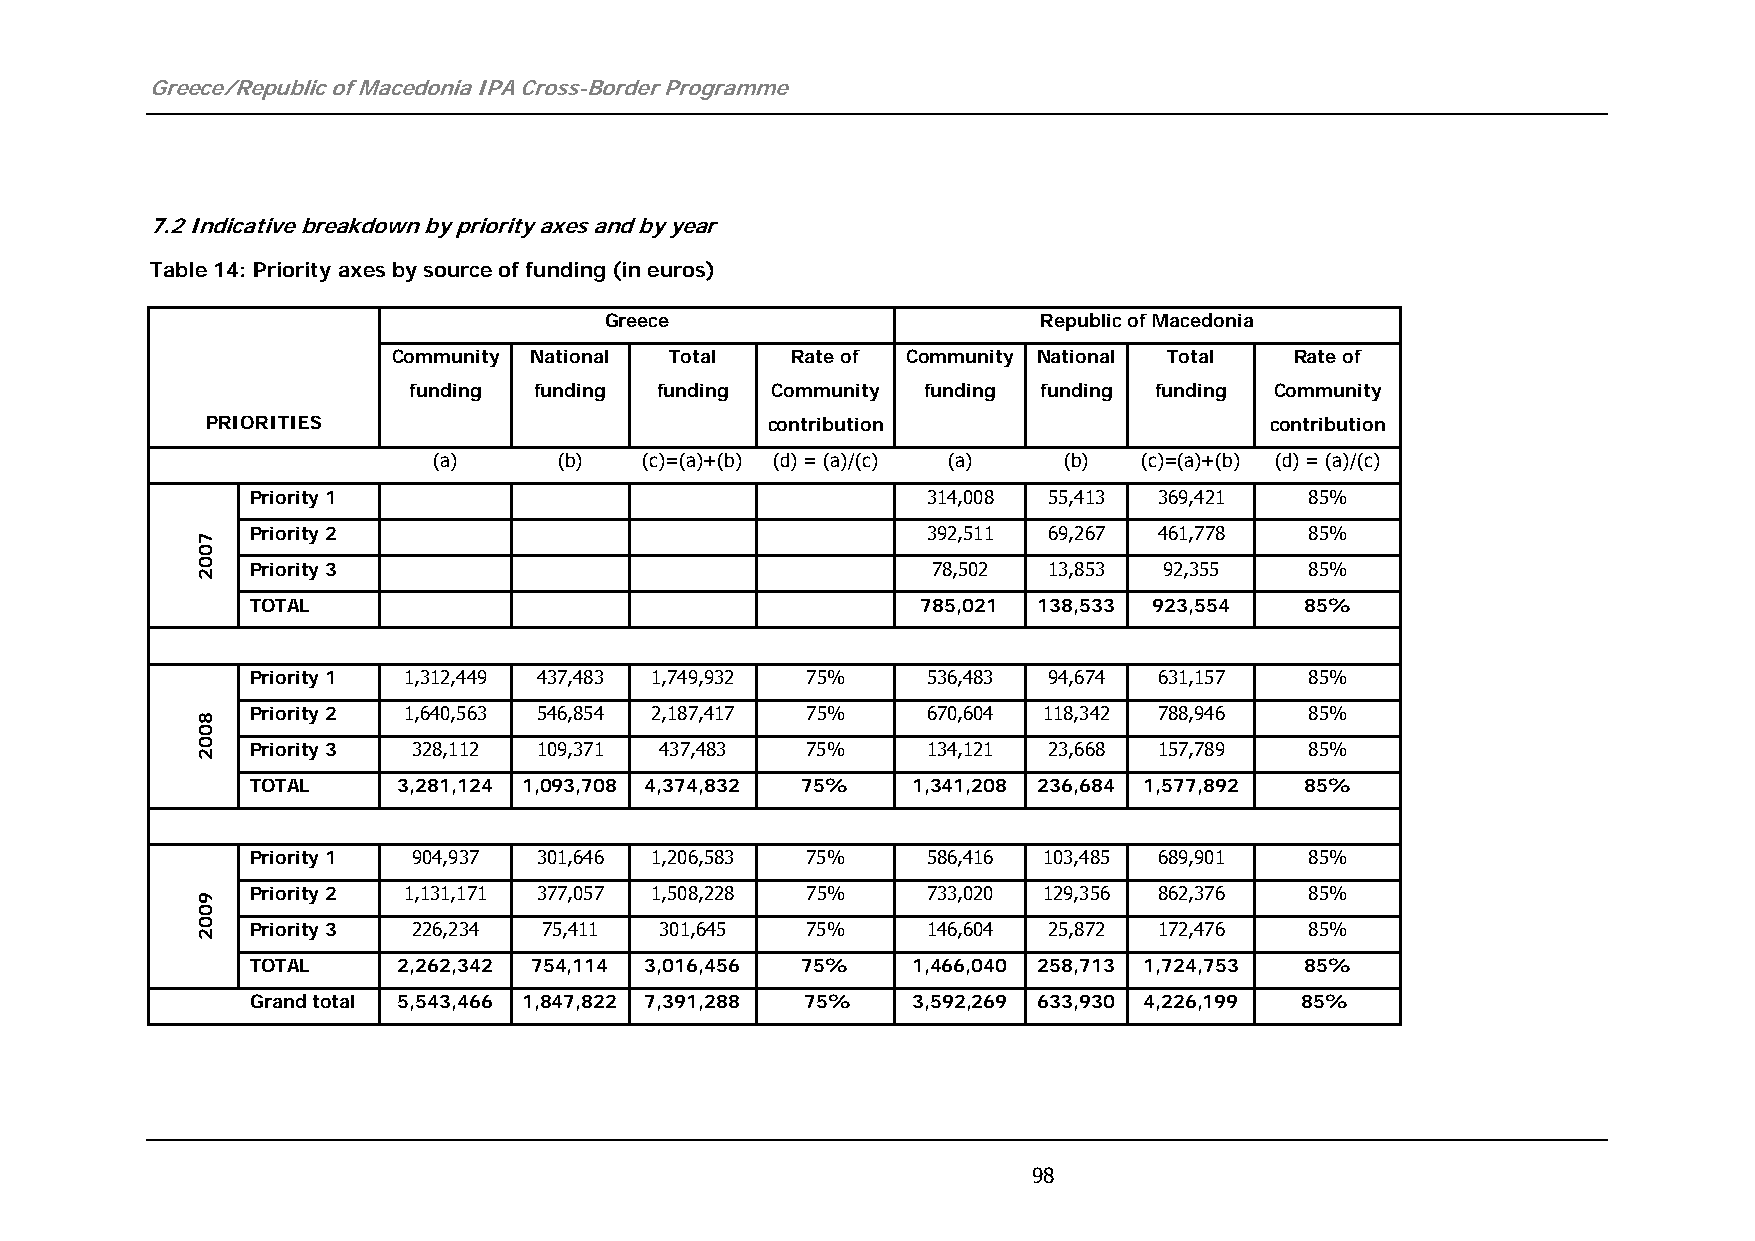
Greece/Republic of Macedonia IPA Cross-Border Programme
 7.2 Indicative breakdown by priority axes and by year
 Table 14: Priority axes by source of funding (in euros)
 Greece                       Republic of Macedonia
 Community National Total  Rate of Community National Total  Rate of
 funding funding funding Community funding funding funding Community
 PRIORITIES                           contribution                     contribution
 (a)     (b)   (c)=(a)+(b) (d) = (a)/(c) (a) (b) (c)=(a)+(b) (d) = (a)/(c)
 Priority 1                                  314,008 55,413  369,421   85%
 Priority 2                                  392,511 69,267  461,778   85%
 Priority 3                                   78,502 13,853  92,355    85%
 TOTAL                                       785,021 138,533 923,554  85%
 Priority 1 1,312,449 437,483 1,749,932 75%  536,483 94,674  631,157   85%
 Priority 2 1,640,563 546,854 2,187,417 75%  670,604 118,342 788,946   85%
 Priority 3 328,112 109,371 437,483  75%     134,121 23,668  157,789   85%
 TOTAL    3,281,124 1,093,708 4,374,832 75% 1,341,208 236,684 1,577,892 85%
 Priority 1 904,937 301,646 1,206,583 75%    586,416 103,485 689,901   85%
 Priority 2 1,131,171 377,057 1,508,228 75%  733,020 129,356 862,376   85%
 Priority 3 226,234 75,411  301,645  75%     146,604 25,872  172,476   85%
 TOTAL    2,262,342 754,114 3,016,456 75%   1,466,040 258,713 1,724,753 85%
 Grand total 5,543,466 1,847,822 7,391,288 75% 3,592,269 633,930 4,226,199 85%
 98
 7002
 8002
 9002